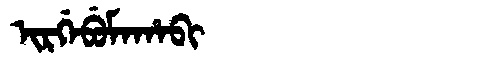
Manchu: ᡳᡵᡤᡝᠪᡠᠮᠠᡥᠠᠪᡳ
Romanization: IRGEBUMAHABI